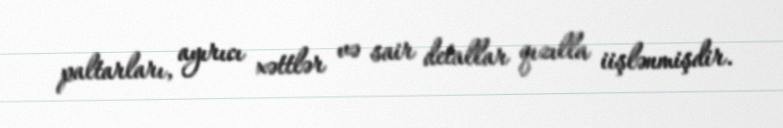
paltarları, ayırıcı xəttlər və sair detallar qızılla iişlənmişdir.